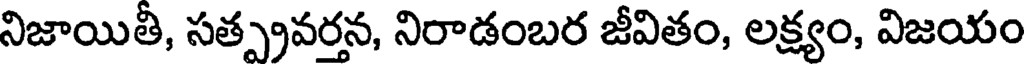
నిజాయితీ, సత్ప్రవరన, నిరాడంబర జీవితం, లక్ష్యం, విజయం